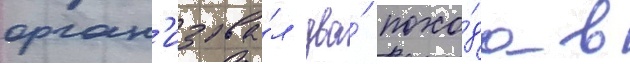
орган'изова́л два́ похо́да в